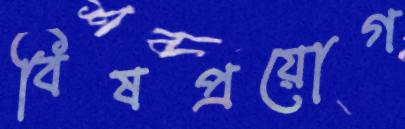
বিষপ্রয়োগ